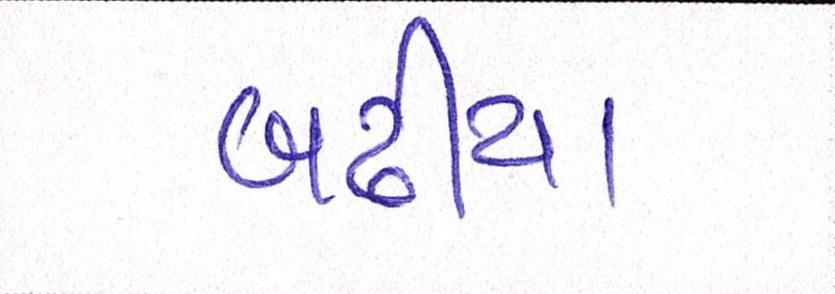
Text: બઢીયા